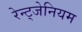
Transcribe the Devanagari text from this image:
रेन्ट्जेनियम